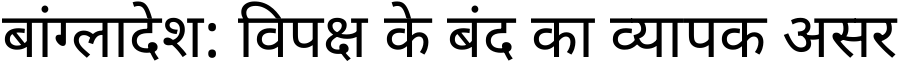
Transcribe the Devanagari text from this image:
बांग्लादेश: विपक्ष के बंद का व्यापक असर